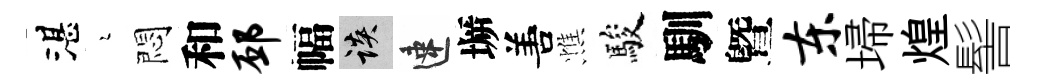
湛瑟悶和邳幅談速󶱲𠵊憔駿馴曁东埽煌髻